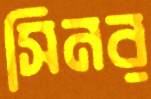
সিনর